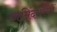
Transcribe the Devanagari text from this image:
ज़मिंदारियों